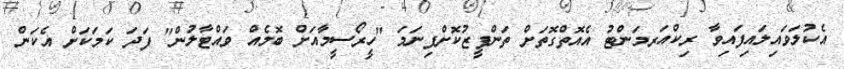
އެކުލަވައިލައިފައިވާ ރިކްއަރމަންޓު އެއޮތްގޮތަށް ތަންފީޒުކޮށްފިނަމަ "ހީރޯސީމާއަށް ބޮމެއް ވައްޓާލުން" ފަދަ ކަމަކަށް އެކަން